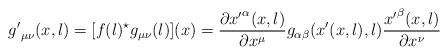
LaTeX: \begin{align*}{g'}_{\mu\nu}(x,l) = [f(l)^{\star} g_{\mu\nu}(l)] (x) = \frac{\partial {x'}^{\alpha}(x,l) }{\partial x^{\mu} }g_{\alpha\beta}(x'(x,l),l) \frac{{x'}^{\beta}(x,l) }{\partial x^{\nu}}\end{align*}